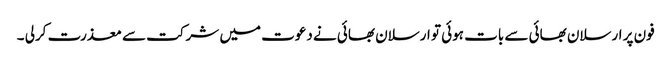
فون پر ارسلان بھائی سے بات ہوئی تو ارسلان بھائی نے دعوت میں شرکت سے معذرت کرلی ۔